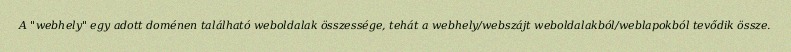
A "webhely" egy adott doménen található weboldalak összessége, tehát a webhely/webszájt weboldalakból/weblapokból tevődik össze.